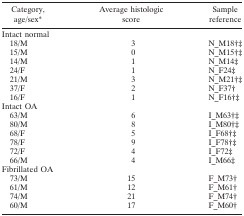
<table><thead><tr><td><b>Category, age/sex*</b></td><td><b>Average histologic score</b></td><td><b>Sample reference</b></td></tr></thead><tbody><tr><td>Intact normal</td><td></td><td></td></tr><tr><td> 18/M</td><td>3</td><td>N_M18†‡</td></tr><tr><td> 15/M</td><td>0</td><td>N_M15†‡</td></tr><tr><td> 14/M</td><td>1</td><td>N_M14‡</td></tr><tr><td> 24/F</td><td>1</td><td>N_F24‡</td></tr><tr><td> 21/M</td><td>3</td><td>N_M21†‡</td></tr><tr><td> 37/F</td><td>2</td><td>N_F37†</td></tr><tr><td> 16/F</td><td>1</td><td>N_F16†‡</td></tr><tr><td>Intact OA</td><td></td><td></td></tr><tr><td> 63/M</td><td>6</td><td>I_M63†‡</td></tr><tr><td> 80/M</td><td>8</td><td>I_M80†‡</td></tr><tr><td> 68/F</td><td>5</td><td>I_F68†‡</td></tr><tr><td> 78/F</td><td>9</td><td>I_F78†‡</td></tr><tr><td> 72/F</td><td>4</td><td>I_F72‡</td></tr><tr><td> 66/M</td><td>4</td><td>I_M66‡</td></tr><tr><td>Fibrillated OA</td><td></td><td></td></tr><tr><td> 73/M</td><td>15</td><td>F_M73†</td></tr><tr><td> 61/M</td><td>12</td><td>F_M61†</td></tr><tr><td> 74/M</td><td>21</td><td>F_M74†</td></tr><tr><td> 60/M</td><td>17</td><td>F_M60†</td></tr></tbody></table>